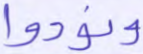
ونودوا